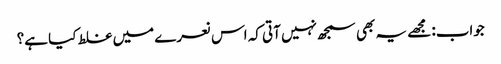
جواب: مجھے یہ بھی سمجھ نہیں آتی کہ اس نعرے میں غلط کیا ہے؟